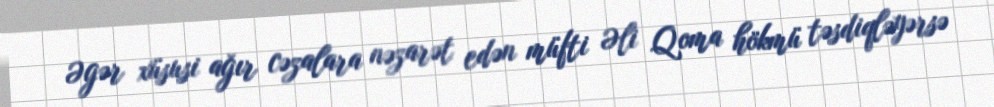
Əgər xüsusi ağır cəzalara nəzarət edən müfti Əli Qoma hökmü təsdiqləyərsə